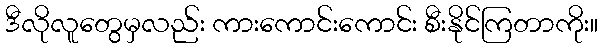
ဒီလိုလူတွေမှလည်း ကားကောင်းကောင်း စီးနိုင်ကြတာကိုး။